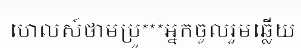
ហេលស៍ថាមប្រូ***អ្នកចូលរួមឆ្លើយ